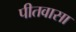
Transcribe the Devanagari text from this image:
पीतवासा